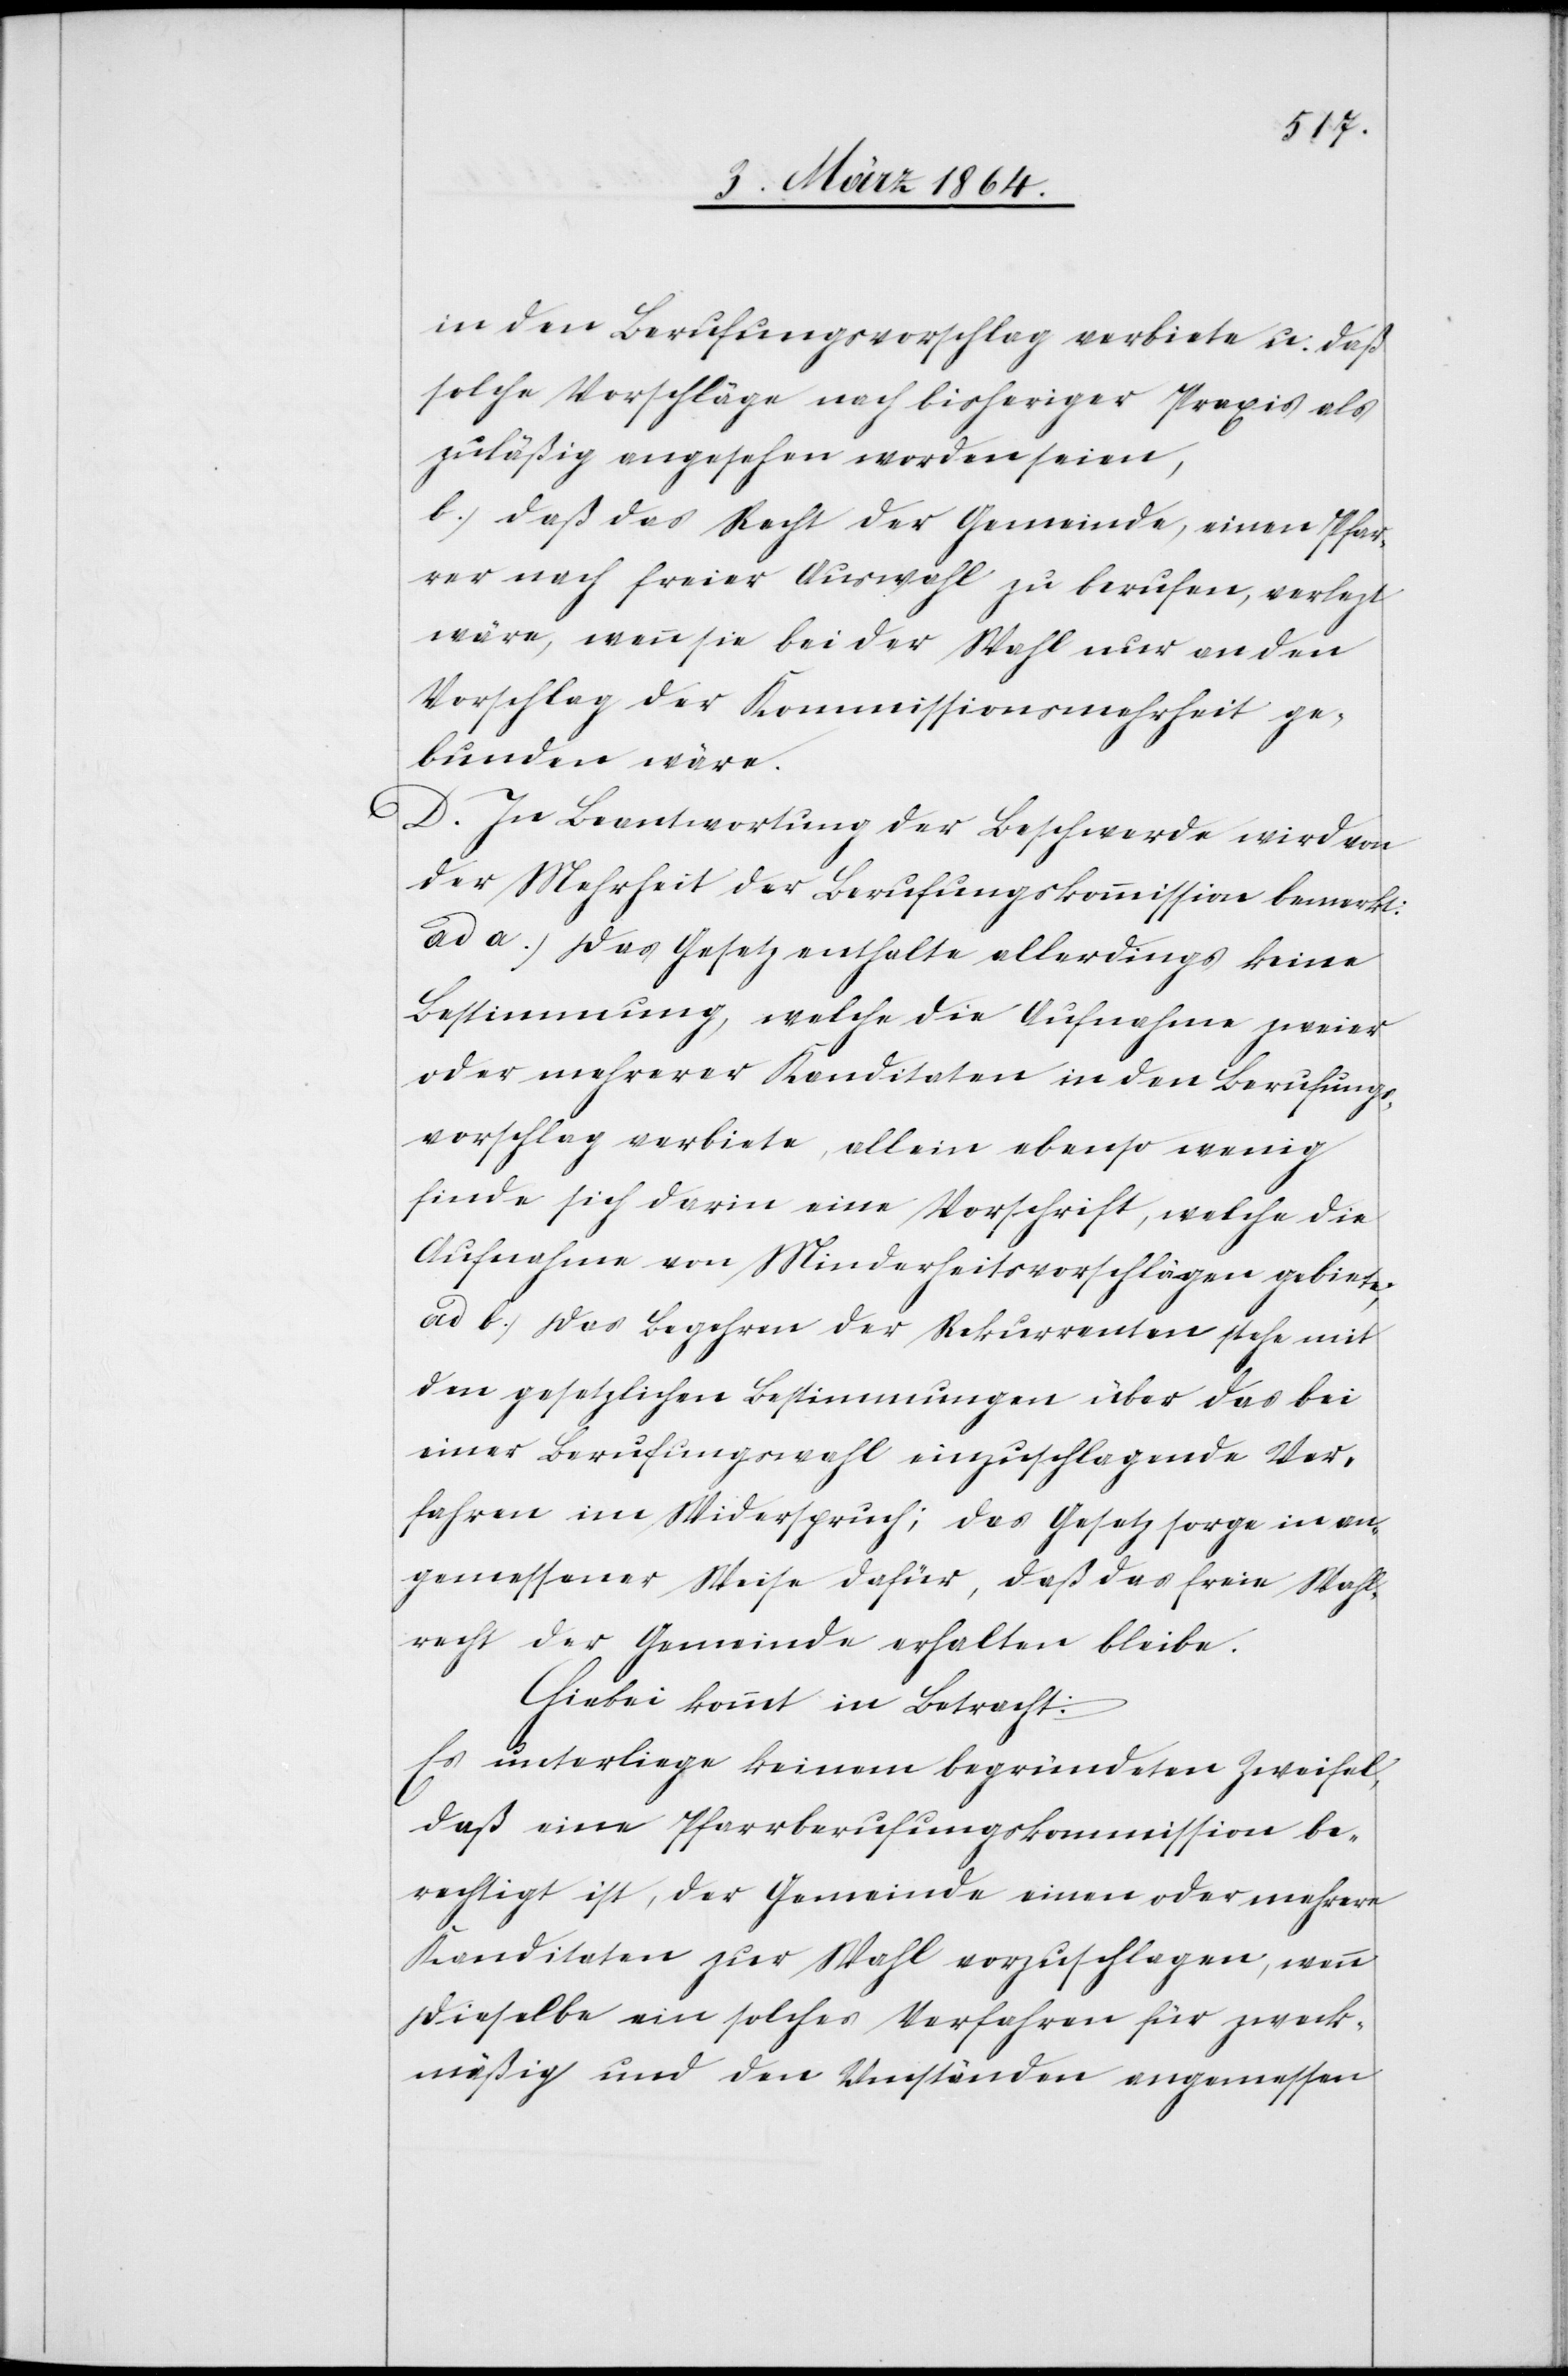
in den Berufungsvorschlag verbiete u. daß
solche Vorschläge nach bisheriger Praxis als
zuläßig angesehen worden seien,
b.) Daß das Recht der Gemeinde, einen Pfar¬
rer nach freier Auswahl zu berufen, verlezt
wäre, wenn sie bei der Wahl nur an den
Vorschlag der Kommissionsmehrheit ge¬
bunden wäre.
D. In Beantwortung der Beschwerde wird von
der Mehrheit der Berufungskommission bemerkt:
ad a.) Das Gesetz enthalte allerdings keine
Bestimmung, welche die Aufnahme zweier
oder mehrerer Kandidaten in den Berufungs¬
vorschlag verbiete, allein ebenso wenig
finde sich darin eine Vorschrift, welche die
Aufnahme von Minderheitsvorschlägen gebiete,
ad b.) Das Begehren der Rekurrenten stehe mit
den gesetzlichen Bestimmungen über das bei
einer Berufungswahl einzuschlagende Ver¬
fahren im Widerspruch; das Gesetz sorge in an¬
gemessener Weise dafür, daß das freie Wahl¬
recht der Gemeinde erhalten bleibe.
Hiebei kommt in Betracht:
Es unterliege keinem begründeten Zweifel
daß eine Pfarrberufungskommission be¬
rechtigt ist, der Gemeinde einen oder mehrere
Kandidaten zur Wahl vorzuschlagen, wenn
dieselbe ein solches Verfahren für zweck¬
mäßig und den Umständen angemessen